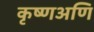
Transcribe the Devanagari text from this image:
कृष्णअणि